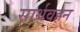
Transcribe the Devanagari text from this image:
सार्थवहन